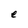
Character: e